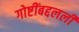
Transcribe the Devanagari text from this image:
गोष्टींबद्दलली